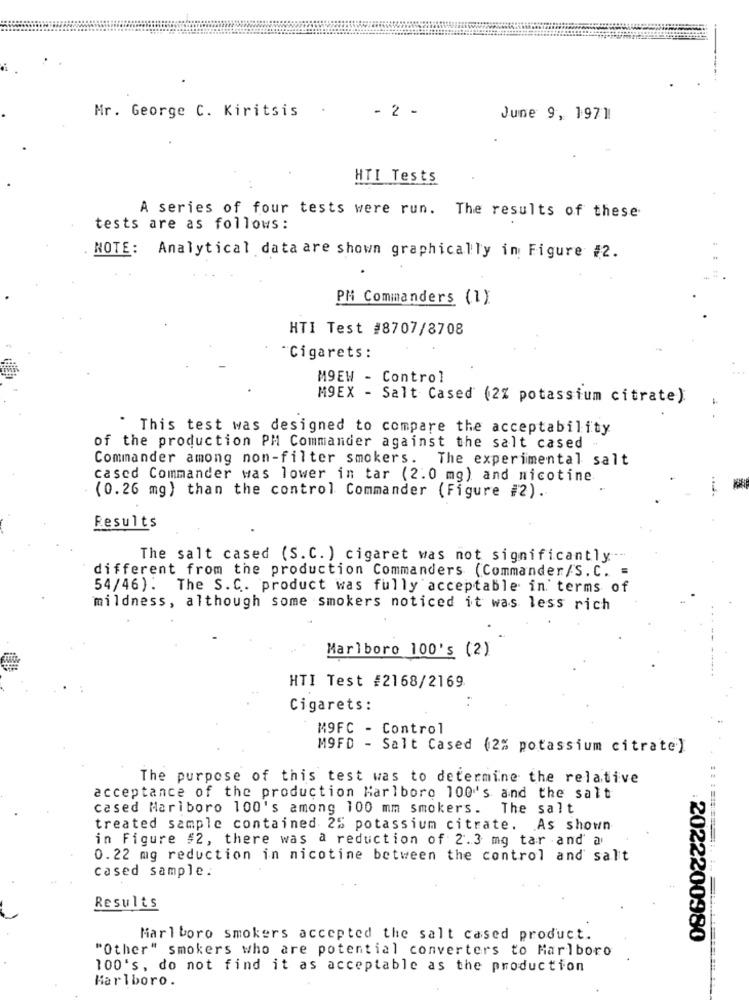
Mr. George C. Kiritsis
- 2 -
June 9, 1971
HTI Tests
A series of four tests were run. The results of these
tests are as follows:
NOTE: Analytical data are shown graphically in Figure #2.
PH Commanders (1)
HTI Test #8707/8708
"Cigarets :
M9EW - Control
M9EX - Salt Cased (2% potassium citrate)
..
* This test was designed to compare the acceptability
of the production PM Commander against the salt cased
Commander among non-filter smokers. The experimental salt
cased Commander was lower in tar (2.0 mg) and nicotine.
(0.26 mg) than the control Commander (Figure #2).
Results
The salt cased (S. C. ) cigaret was not significantly --
different from the production Commanders (Commander/S. C. =
54/46). The S.C. product was fully acceptable in terms of
mildness, although some smokers noticed it was less rich
Marlboro 100's (2)
HTI Test #2168/2169
..
Cigarets:
M9FC - Control
M9FD - Salt Cased (2% potassium citrate)
The purpose of this test was to determine the relative
acceptance of the production Marlboro 100''s and the salt
cased Mariboro 100's among 100 mm smokers.
The salt
treated sample contained 2% potassium citrate. As shown
in Figure #2, there was a reduction of 2.3 mg tar and a
0. 22 mg reduction in nicotine between the control and salt
cased sample:
Results
Marlboro smokers accepted the salt cased product.
.2022200980
"Other" smokers who are potential converters to Marlboro
100's, do not find it as acceptable as the production
Marlboro.